Sanitation, dispensaries and jails vaccination Rajputana 1922-1927 - 1922-1927
Year: 1922
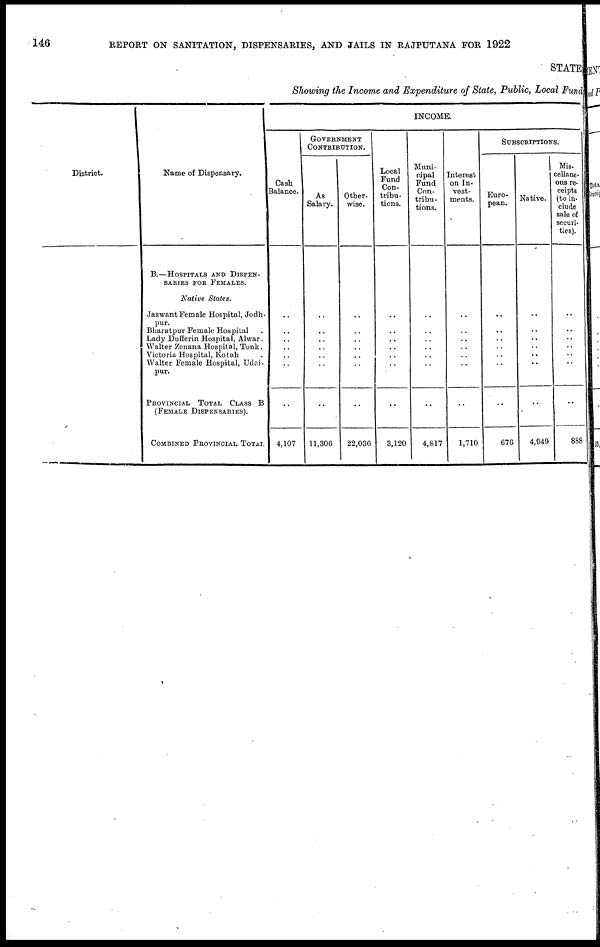
146
REPORT ON SANITATION, DISPENSARIES, AND JAILS IN RAJPUTANA FOR 1922
STATE
Showing the Income and Expenditure of State, Public, Local Fund
District.
Name of Dispensary.
B.—HOSPITALS AND DISPEN-
SARIES FOR FEMALES.
Native States.
Jaswant Female Hospital, Jodh-
pur.
Bharatpur Female Hospital .
Lady Dufferin Hospital, Alwar .
Walter Zenana Hospital, Tonk .
Victoria Hospital, Kotah .
Walter Female Hospital, Udai-
pur.
PROVINCIAL TOTAL CLASS B
(FEMALE DISPENSARIES).
COMBINED PROVINCIAL TOTAL
INCOME.
Cash
Balance.
..
..
..
..
..
..
..
4,107
GOVERNMENT
CONTRIBUTION.
As
Salary.
..
..
..
..
..
..
..
11,306
Other-
wise.
..
..
..
..
..
..
..
22,036
Local
Fund
Con-
tribu-
tions.
..
..
..
..
..
..
..
3,120
Muni-
cipal
Fund
Con-
tribu-
tions.
..
..
..
..
..
..
..
4,817
Interest
on In-
vest-
ments.
..
..
..
..
..
..
..
1,710
SUBSCRIPTIONS.
Euro-
pean.
..
..
..
..
..
..
..
676
Native.
..
..
..
..
..
..
..
4,949
Mis-
cellane-
ous re-
ceipts
(to in-
clude
sale of
securi-
ties).
..
..
..
..
..
..
..
888